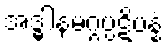
အဒ္ဓါနမဂ္ဂပ္ပဋိပန္နံ